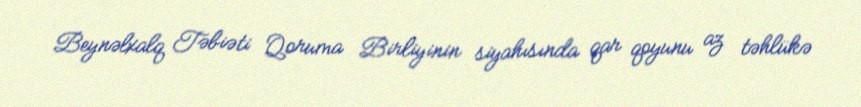
Beynəlxalq Təbiəti Qoruma Birliyinin siyahısında qar qoyunu az təhlükə